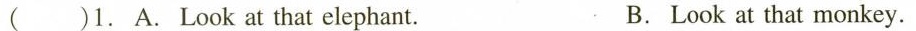
( )1. A. Look at that elephant. B. Look at that monkey.